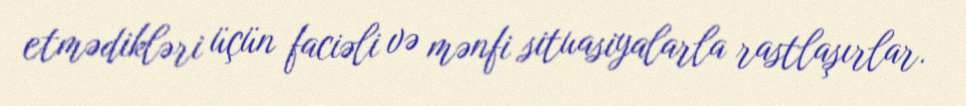
etmədikləri üçün faciəli və mənfi situasiyalarla rastlaşırlar.